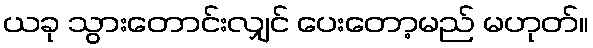
ယခု သွားတောင်းလျှင် ပေးတော့မည် မဟုတ်။